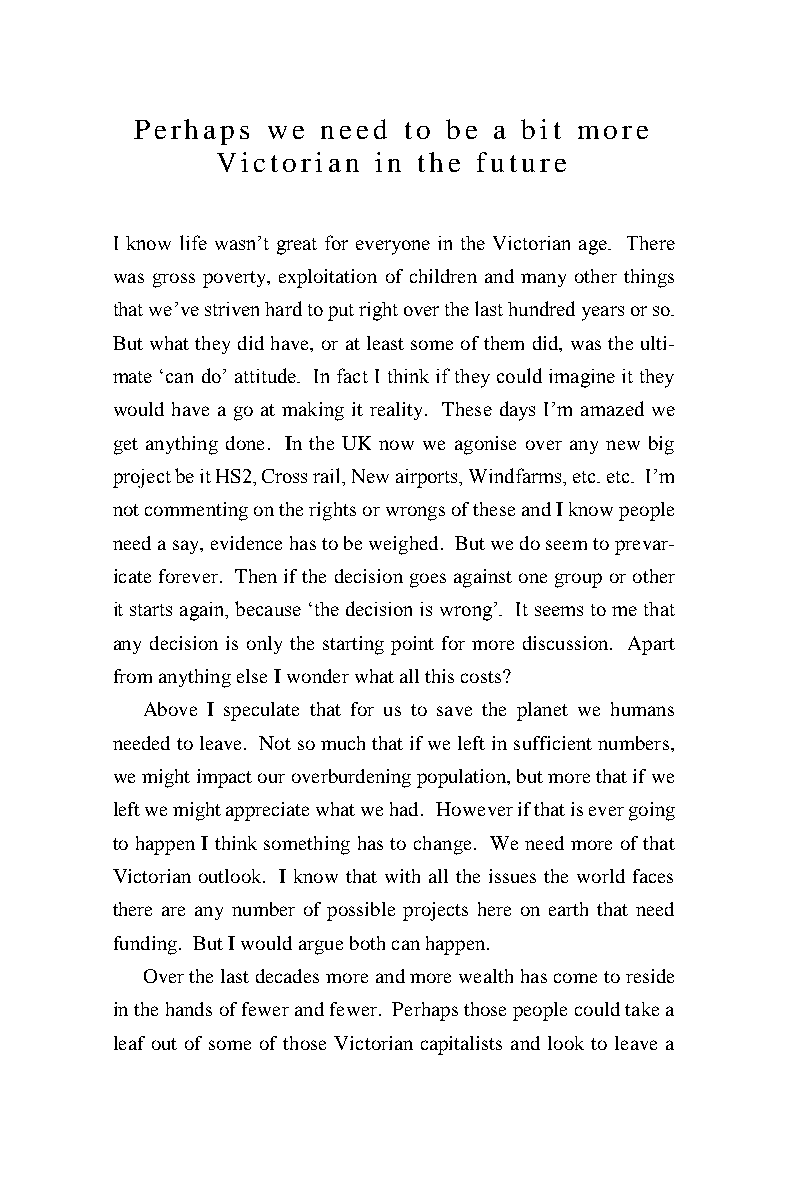
Perhaps  we need  to be a bit more
 Victorian  in the future
 I know life wasn’t great for everyone in the Victorian age. There
 was gross poverty, exploitation of children and many other things
 that we’ve striven hard to put right over the last hundred years or so.
 But what they did have, or at least some of them did, was the ulti-
 mate ‘can do’ attitude. In fact I think if they could imagine it they
 would have a go at making it reality. These days I’m amazed we
 get anything done. In the UK now we agonise over any new big
 project be it HS2, Cross rail, New airports, Windfarms, etc. etc. I’m
 not commenting on the rights or wrongs of these and I know people
 need a say, evidence has to be weighed. But we do seem to prevar-
 icate forever. Then if the decision goes against one group or other
 it starts again, because ‘the decision is wrong’. It seems to me that
 any decision is only the starting point for more discussion. Apart
 from anything else I wonder what all this costs?
 Above I speculate that for us to save the planet we humans
 needed to leave. Not so much that if we left in sufficient numbers,
 we might impact our overburdening population, but more that if we
 left we might appreciate what we had. However if that is ever going
 to happen I think something has to change. We need more of that
 Victorian outlook. I know that with all the issues the world faces
 there are any number of possible projects here on earth that need
 funding. But I would argue both can happen.
 Over the last decades more and more wealth has come to reside
 in the hands of fewer and fewer. Perhaps those people could take a
 leaf out of some of those Victorian capitalists and look to leave a